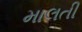
માલતી